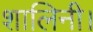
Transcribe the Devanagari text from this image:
शालिनी।